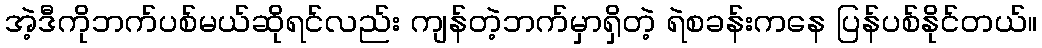
အဲ့ဒီကိုဘက်ပစ်မယ်ဆိုရင်လည်း ကျန်တဲ့ဘက်မှာရှိတဲ့ ရဲစခန်းကနေ ပြန်ပစ်နိုင်တယ်။